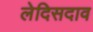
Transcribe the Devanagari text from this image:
लेदिसदाव